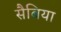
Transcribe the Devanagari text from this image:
सैबिया